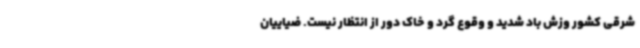
شرقی کشور وزش باد شدید و وقوع گرد و خاک دور از انتظار نیست. ضیاییان